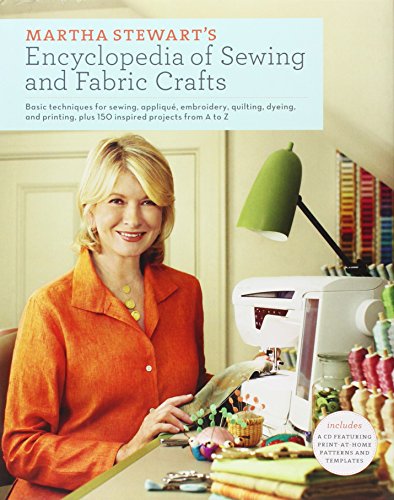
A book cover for Martha Stewart's Encyclopedia of Sewing and Fabric Crafts: Basic Techniques for Sewing, Applique, Embroidery, Quilting, Dyeing, and Printing, plus 150 Inspired Projects from A to Z; Martha Stewart Living Magazine; Reference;